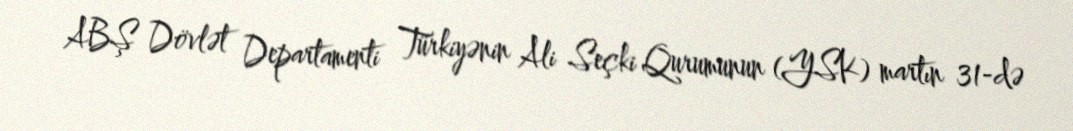
ABŞ Dövlət Departamenti Türkiyənin Ali Seçki Qurumunun (YSK) martın 31-də